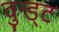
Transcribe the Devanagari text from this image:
वुन्ड्ट